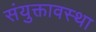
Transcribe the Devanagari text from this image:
संयुक्तावस्था